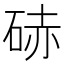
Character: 硳